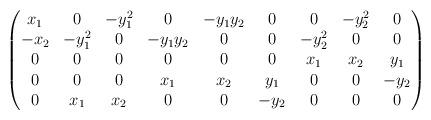
LaTeX: \begin{align*}\bgroup\begin{pmatrix}{x}_{1}&0&{-{y}_{1}^{2}}&0&{-{y}_{1} {y}_{2}}&0&0&{-{y}_{2}^{2}}&0\\{-{x}_{2}}&{-{y}_{1}^{2}}&0&{-{y}_{1} {y}_{2}}&0&0&{-{y}_{2}^{2}}&0&0\\0&0&0&0&0&0&{x}_{1}&{x}_{2}&{y}_{1}\\0&0&0&{x}_{1}&{x}_{2}&{y}_{1}&0&0&{-{y}_{2}}\\0&{x}_{1}&{x}_{2}&0&0&{-{y}_{2}}&0&0&0\\\end{pmatrix}\egroup\end{align*}